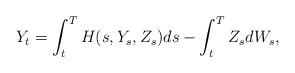
LaTeX: \begin{align*} Y_t = \int_t^T H(s, Y_s, Z_s) ds -\int_t^T Z_s dW_s,\end{align*}